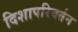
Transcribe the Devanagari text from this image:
दिशापरिवर्तन